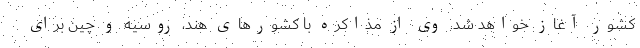
کشور آغاز خواهد شد. وی از مذاکره با کشورهای هند، روسیه و چین برای